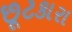
છૂટકારા